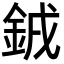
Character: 銊